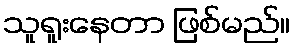
သူရူးနေတာ ဖြစ်မည်။